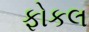
ફોકલ